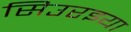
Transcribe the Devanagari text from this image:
सिउरइया